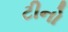
ટીનો